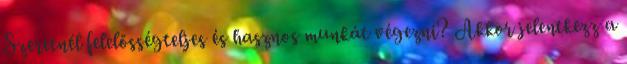
Szeretnél felelősségteljes és hasznos munkát végezni? Akkor jelentkezz a